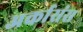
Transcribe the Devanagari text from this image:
अर्कासंस